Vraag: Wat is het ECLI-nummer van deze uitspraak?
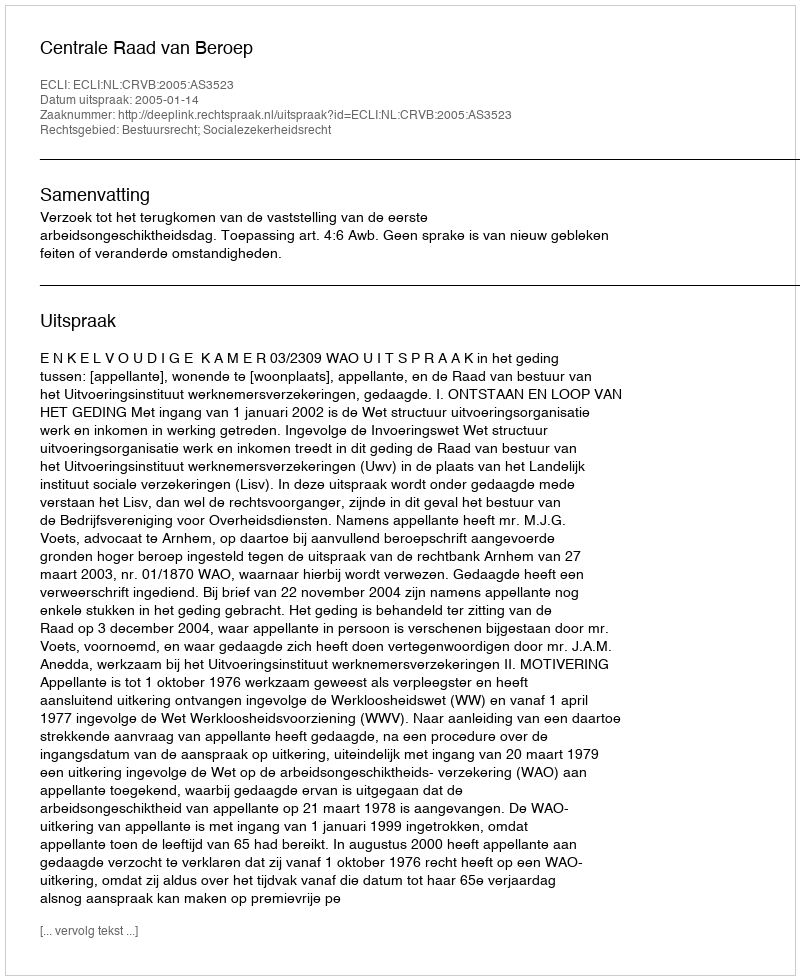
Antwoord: ECLI:NL:CRVB:2005:AS3523